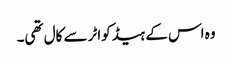
وہ اس کے ہیڈکواٹر سے کال تھی۔